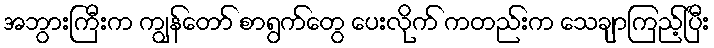
အဘွားကြီးက ကျွန်တော် စာရွက်တွေ ပေးလိုက် ကတည်းက သေချာကြည့်ပြီး